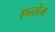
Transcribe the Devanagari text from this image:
एन्सेम